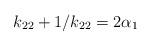
LaTeX: \begin{align*}k_{22} + 1 / k_{22} = 2 \alpha _1\end{align*}